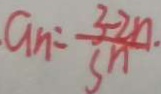
a _ { n } = \frac { 3 - 2 n } { s n } .